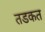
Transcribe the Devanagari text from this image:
तडकत